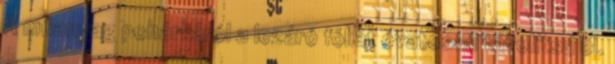
A műanyag pohárkáról a lezáró fóliát óvatosan távolítsd el.